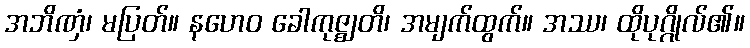
အဘိဏှံ၊ မပြတ်။ နဟေဝ ခေါကုဇ္ဈတိ၊ အမျက်ထွက်။ အဿ၊ ထိုပုဂ္ဂိုလ်၏။